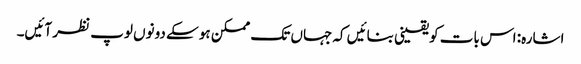
اشارہ: اس بات کو یقینی بنائیں کہ جہاں تک ممکن ہو سکے دونوں لوپ نظر آئیں۔